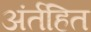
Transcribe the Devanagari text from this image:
अंर्तहित